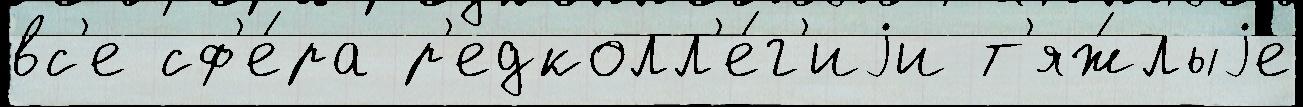
вс'е сф'е́ра р'едколл'е́г'иjи т'яж́лыjе